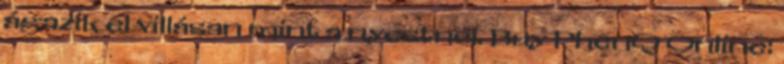
ágazik el villásan mint a nyestnél. Buy PhenQ Online: